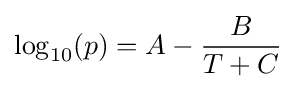
\log _{10}(p)=A-{\frac {B}{T+C}}